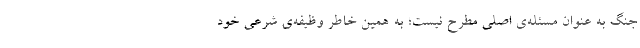
جنگ به عنوان مسئله‌ی اصلی مطرح نیست؛ به همین خاطر وظیفه‌ی شرعی خود